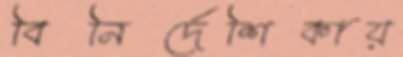
বিনির্দেশিকায়